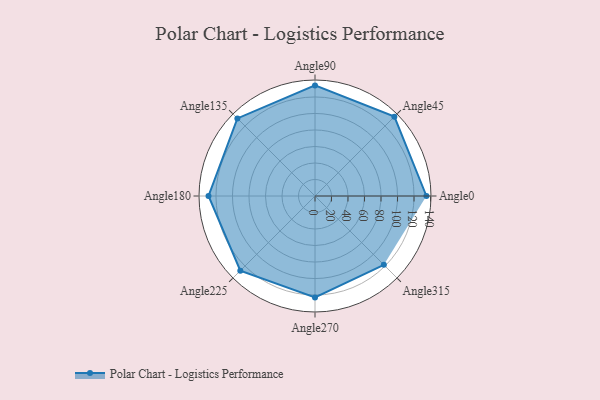
{"axis": {"x": "Angle", "y": "Radius"}, "legend": [""], "data": [{"x": "Angle0", "y": 135.0, "type": ""}, {"x": "Angle45", "y": 136.0, "type": ""}, {"x": "Angle90", "y": 134.0, "type": ""}, {"x": "Angle135", "y": 133.0, "type": ""}, {"x": "Angle180", "y": 129.0, "type": ""}, {"x": "Angle225", "y": 128.0, "type": ""}, {"x": "Angle270", "y": 123.0, "type": ""}, {"x": "Angle315", "y": 118.0, "type": ""}]}